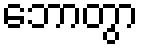
ဘောတွာ